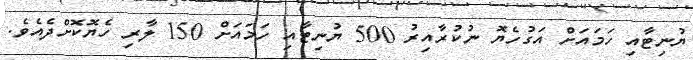
ޔުނިޓާއި ހަމައަށް އަގުހެޔޮ ނުކުރާއިރު 500 ޔުނިޓާއި ހަމައަށް 150 ލާރި ހެޔޮކޮށްދެއެވެ.